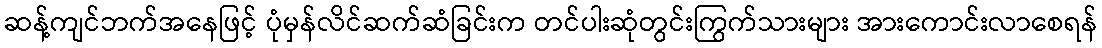
ဆန့်ကျင်ဘက်အနေဖြင့် ပုံမှန်လိင်ဆက်ဆံခြင်းက တင်ပါးဆုံတွင်းကြွက်သားများ အားကောင်းလာစေရန်